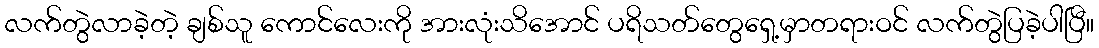
လက်တွဲလာခဲ့တဲ့ ချစ်သူ ကောင်လေးကို အားလုံးသိအောင် ပရိသတ်တွေရှေ့မှာတရားဝင် လက်တွဲပြခဲ့ပါပြီ။